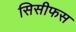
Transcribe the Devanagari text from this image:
सिसीफस